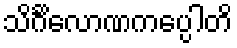
သိင်္ဂိလောဏကပ္ပေါတိ